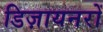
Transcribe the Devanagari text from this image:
डिज़ायनरों